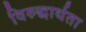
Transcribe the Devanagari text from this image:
विरुद्धार्थता